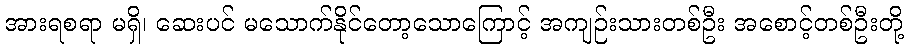
အားရစရာ မရှိ၊ ဆေးပင် မသောက်နိုင်တော့သောကြောင့် အကျဉ်းသားတစ်ဦး အစောင့်တစ်ဦးတို့